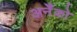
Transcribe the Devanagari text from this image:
अनेँको